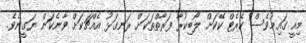
މިއީ ގައިމުވެސް ކެރެޓް ކޭކަށް ލޯބިކުރާ ފަރާތްތަކަށް ރަނގަޅު އެއްޗަކަށް ވާނެކަން ޔަގީނެވެ.